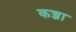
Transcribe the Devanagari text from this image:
कज्जा